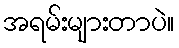
အရမ်းများတာပဲ။